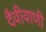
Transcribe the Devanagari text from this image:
दैवीवाणी